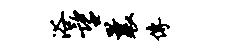
浴望曩传